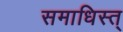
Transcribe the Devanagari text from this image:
समाधिस्त्